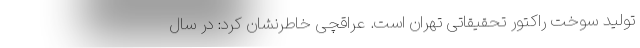
تولید سوخت راکتور تحقیقاتی تهران است. عراقچی خاطرنشان کرد: در سال